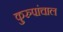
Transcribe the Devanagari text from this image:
कुरुपांचाल